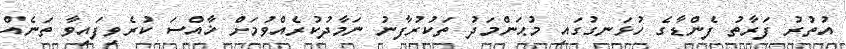
އުތުރު ފަރާތު ފެންޑާގެ ހުޅަނގުގައި މުޙަންމަދު ތަކުރުފާނު ނަމާދުކުރެއްވުމަށް ޚާއްސަ ކުރެވިފައިވާ ތަނެއް